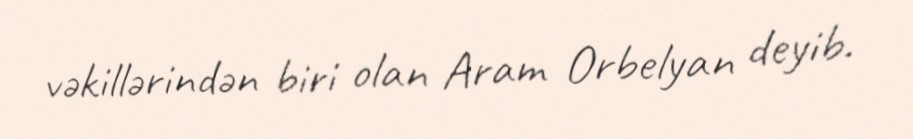
vəkillərindən biri olan Aram Orbelyan deyib.